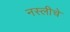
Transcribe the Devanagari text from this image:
नस्लीचे